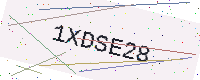
Text: 1XDSE28